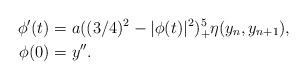
LaTeX: \begin{align*}\phi'(t)&=a ((3 /4 )^2-|\phi(t)|^2)^5_+ \eta(y_n,y_{n+1}),\\\phi(0)&=y''.\end{align*}